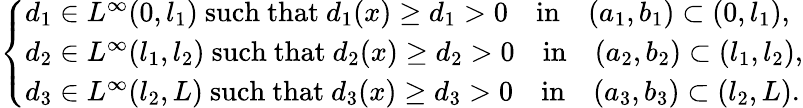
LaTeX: \left\{ \begin{array}{l}{d_{1}\in L^{\infty}(0,l_{1})\ \mathrm{such~that}\ d_{1}(x)\geq d_{1}>0\quad\mathrm{in}\quad(a_{1},b_{1})\subset(0,l_{1}),}\\ {d_{2}\in L^{\infty}(l_{1},l_{2})\ \mathrm{such~that}\ d_{2}(x)\geq d_{2}>0\quad\mathrm{in}\quad(a_{2},b_{2})\subset(l_{1},l_{2}),}\\ {d_{3}\in L^{\infty}(l_{2},L)\ \mathrm{such~that}\ d_{3}(x)\geq d_{3}>0\quad\mathrm{in}\quad(a_{3},b_{3})\subset(l_{2},L).}\end{array}\right.